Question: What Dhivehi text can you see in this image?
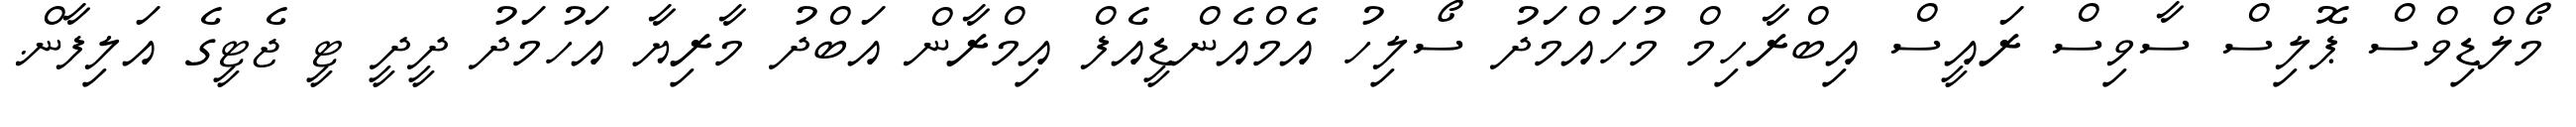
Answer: މޯލްޑިވްސް ޕޮލިސް ސާވިސް ރައީސް އިބްރާހިމް މުހައްމަދު ސޯލިހު އެމްއެންޑީއެފް އިމްރާން އަބްދު މާރިޔާ އަހުމަދު ދީދީ ޓީ ޖެޓީގެ އަލިފާން.